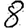
Digit: 8